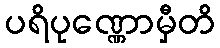
ပရိပုဏ္ဏောမှီတိ